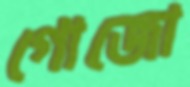
গোজো